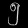
Digit: ၅